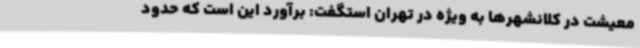
معیشت در کلانشهرها به ویژه در تهران استگفت: برآورد این است که حدود